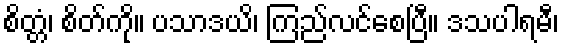
စိတ္တံ၊ စိတ်ကို။ ပသာဒယိ၊ ကြည်လင်စေပြီ။ ဒသပါရမီ၊